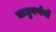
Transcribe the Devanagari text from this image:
ऋतुवर्णनों